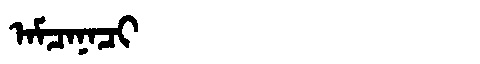
Manchu: ᠠᠮᠴᠠᠨᠠᠴᡳ
Romanization: AMCANACI